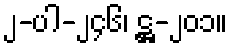
၂-ပါ-၂၄၆၊ ဋ္ဌ-၂၀၁။